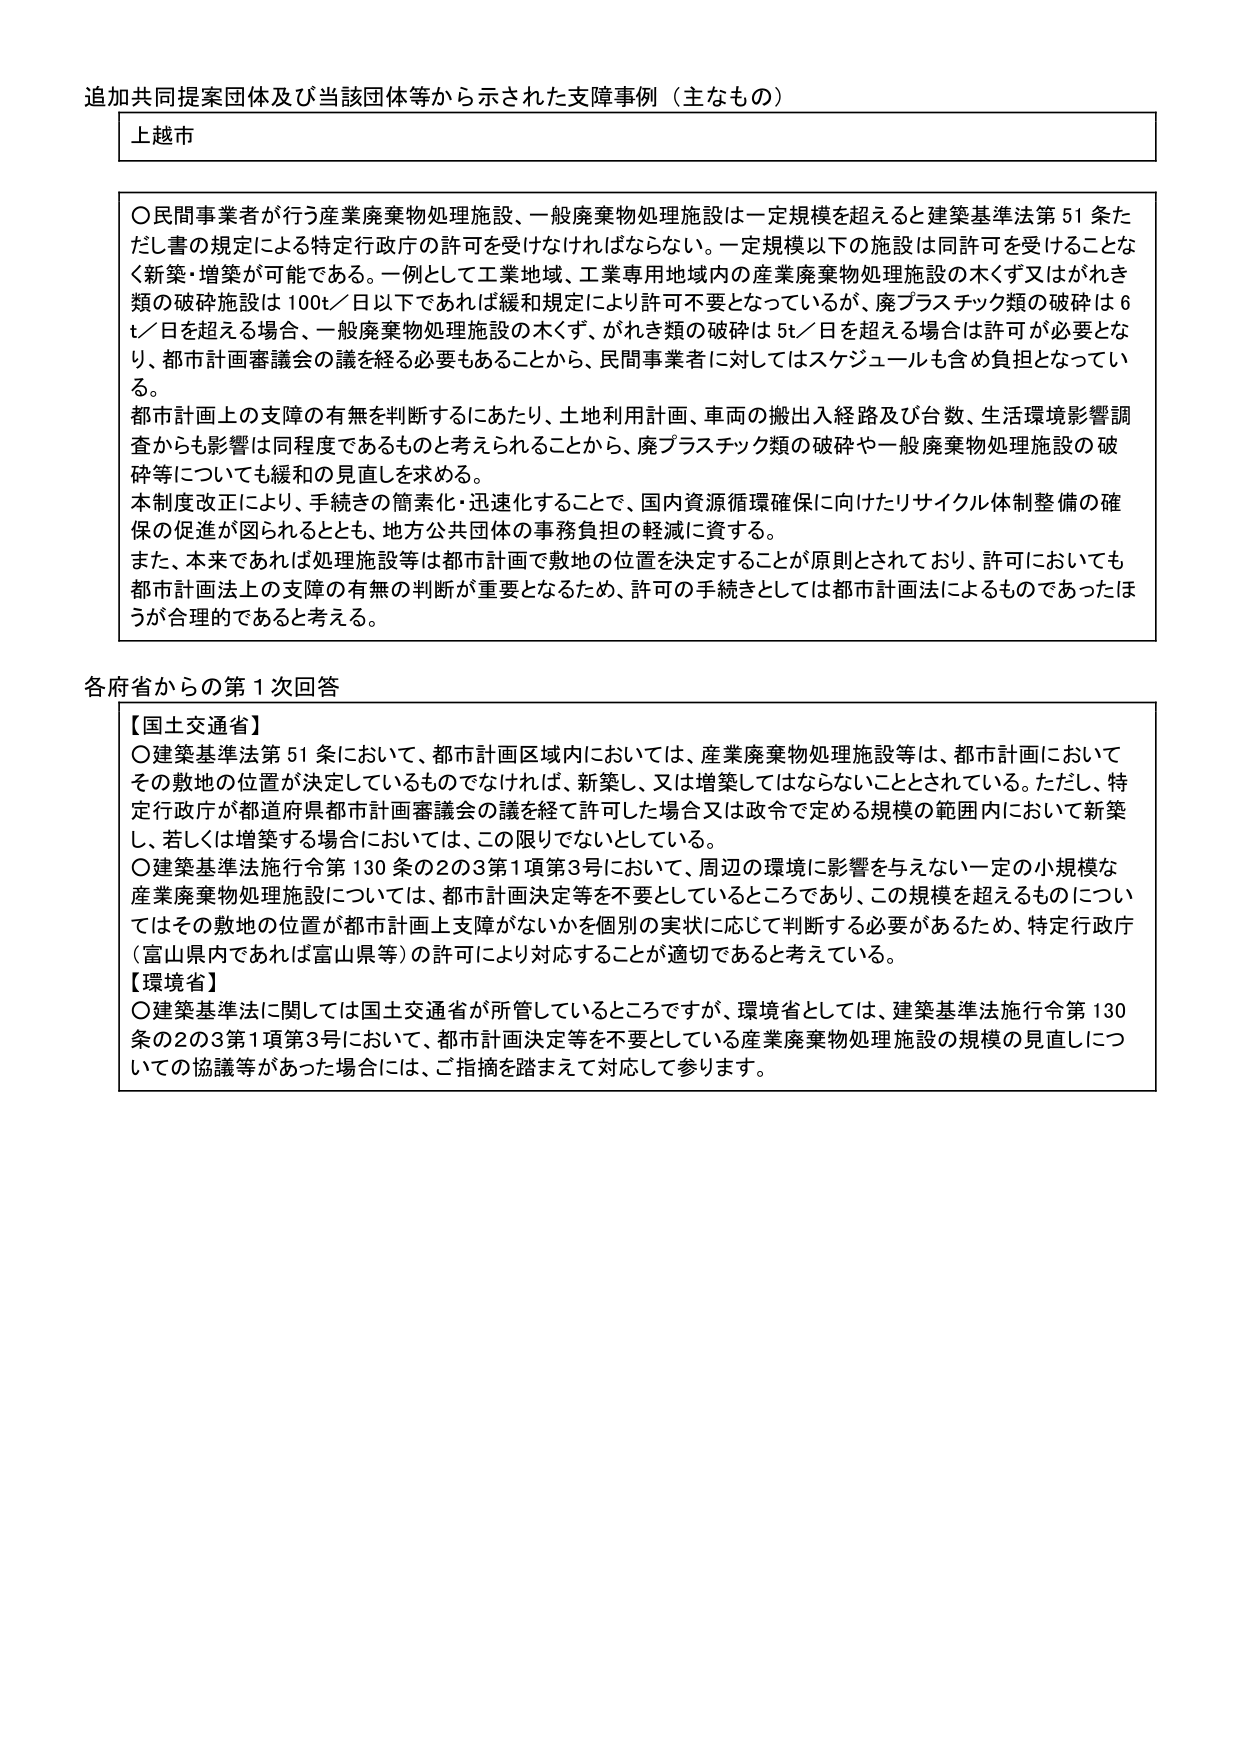
追加共同提案団体及び当該団体等から示された支援事例（主なもの）

上越市

〇民間事業者が行う産業廃棄物処理施設、一般廃棄物処理施設は一定規模を超えると建築基準法第51条ただし書の規定による特定行政庁の許可を受けなければならない。一定規模以下の施設は同許可を受けることなく新築・増築が可能である。一例として工業地域、工業専用地域内の産業廃棄物処理施設の木くず又はがれき類の破砕施設は100t／日以下であれば緩和規定により許可不要となっているが、廃プラスチック類の破砕は6t／日を超える場合、一般廃棄物処理施設の木くず、がれき類の破砕は5t／日を超える場合は許可が必要となり、都市計画審議会の議を経る必要もあることから、民間事業者に対してはスケジュールも含め負担となっている。

都市計画上の支障の有無を判断するにあたり、土地利用計画、車両の搬出入経路及び台数、生活環境影響調査からも影響は同程度であるものと考えられることから、廃プラスチック類の破砕や一般廃棄物処理施設の破砕等についても緩和の見直しを求める。

本制度改正により、手続きの簡素化・迅速化することで、国内資源循環確保に向けたリサイクル体制整備の確保の促進が図られるとともに、地方公共団体の事務負担の軽減に資する。

また、本来であれば処理施設等は都市計画で敷地の位置を決定することが原則とされており、許可においても都市計画法上の支障の有無の判断が重要となるため、許可の手続きとしては都市計画法によるものであったほうが合理的であると考える。

各府省からの第1次回答

【国土交通省】
〇建築基準法第51条において、都市計画区域内においては、産業廃棄物処理施設等は、都市計画においてその敷地の位置が決定しているものでなければ、新築し、又は増築してはならないこととされている。ただし、特定行政庁が都道府県都市計画審議会の議を経て許可した場合又は政令で定める規模の範囲内において新築し、若しくは増築する場合においては、この限りでないとしている。
〇建築基準法施行令第130条の2の3第1項第3号において、周辺の環境に影響を与えない一定の小規模な産業廃棄物処理施設については、都市計画決定等を不要としているところであり、この規模を超えるものについてはその敷地の位置が都市計画上支障がないかを個別の実状に応じて判断する必要があるため、特定行政庁（富山県内であれば富山県等）の許可により対応することが適切であると考えている。

【環境省】
〇建築基準法に関しては国土交通省が所管しているところですが、環境省としては、建築基準法施行令第130条の2の3第1項第3号において、都市計画決定等を不要としている産業廃棄物処理施設の規模の見直しについての協議等があった場合には、ご指摘を踏まえて対応して参ります。